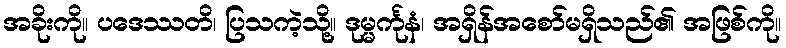
အခိုးကို။ ပဒေဿတိ၊ ပြသကဲ့သို့။ ဒုမ္မင်္ကုနံ၊ အရှိန်အစော်မရှိသည်၏ အဖြစ်ကို။